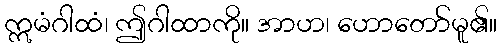
ဣမံဂါထံ၊ ဤဂါထာကို။ အာဟ၊ ဟောတော်မူ၏။